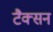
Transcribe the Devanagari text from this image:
टैक्सन